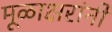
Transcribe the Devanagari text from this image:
मूळाक्षरांनी